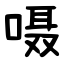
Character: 嗫